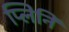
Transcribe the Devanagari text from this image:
प्लिनि